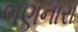
ભણનારા